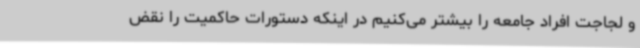
و لجاجت افراد جامعه را بیشتر می‌کنیم در اینکه دستورات حاکمیت را نقض